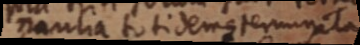
naulia toti demque terminata